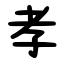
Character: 孝